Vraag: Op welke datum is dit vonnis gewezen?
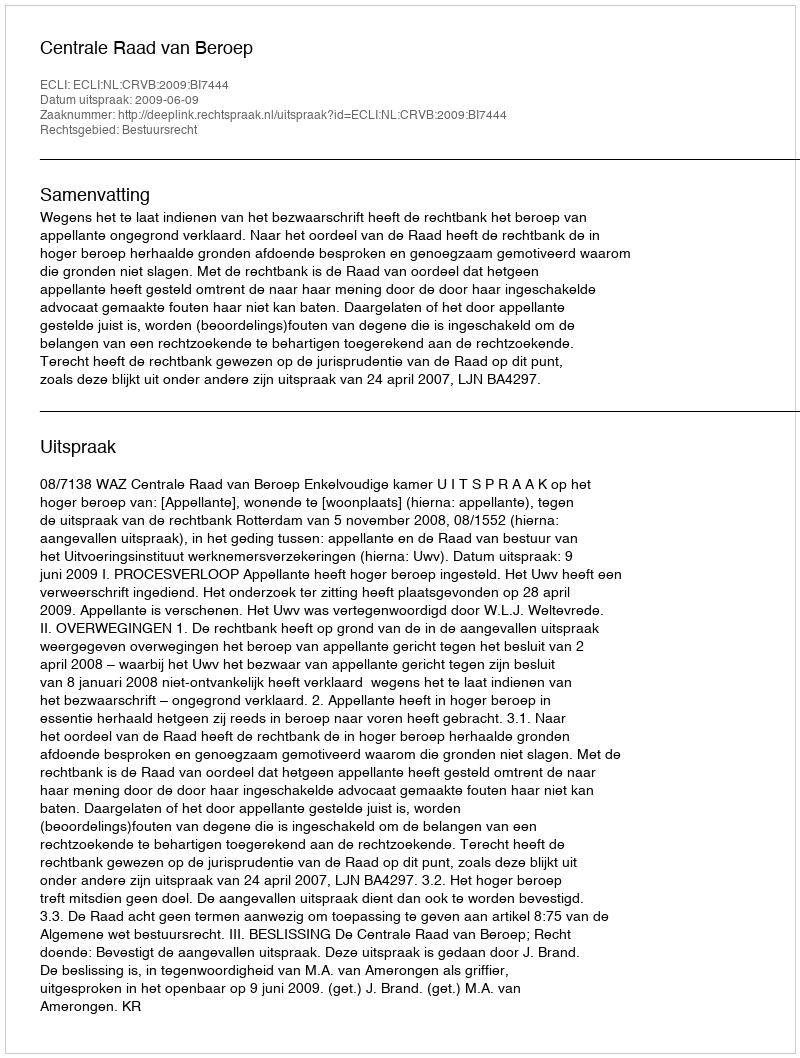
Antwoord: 2009-06-09